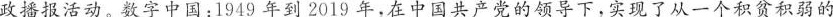
政播报活动。数字中国：1949年到2019年，在中国共产党的领导下，实现了从一个积贫积弱的